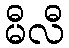
မီလီ